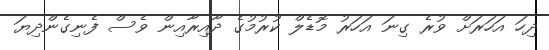
ދިހަ އަހަރަށް ވުރެ ގިނަ އަހަރު މޮޑެލް ކުރުމުގެ ދާއިރާއިން ވެސް ފެނިގެންދިޔަ